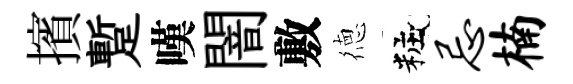
擯蹔嘆闇敷徳粧忌楠